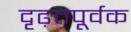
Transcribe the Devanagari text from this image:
दृढ़तपूर्वक